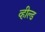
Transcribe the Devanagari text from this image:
व्हील्ड